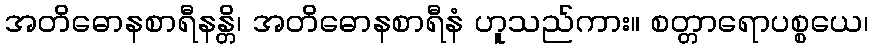
အတိဓောနစာရီနန္တိ၊ အတိဓောနစာရီနံ ဟူသည်ကား။ စတ္တာရောပစ္စယေ၊